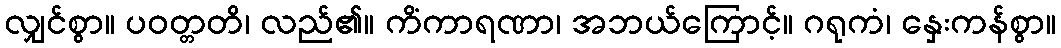
လျှင်စွာ။ ပဝတ္တတိ၊ လည်၏။ ကိံကာရဏာ၊ အဘယ်ကြောင့်။ ဂရုကံ၊ နှေးကန်စွာ။